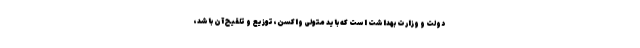
دولت و وزارت بهداشت است که باید متولی واکسن، توزیع و تلقیح آن باشد،